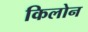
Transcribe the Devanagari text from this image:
किलोन